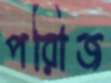
পরিাজ